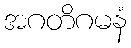
အဂတိဂမနံ